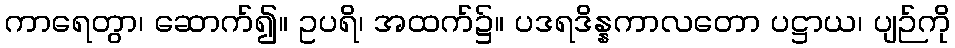
ကာရေတွာ၊ ဆောက်၍။ ဥပရိ၊ အထက်၌။ ပဒရဒိန္နကာလတော ပဋ္ဌာယ၊ ပျဉ်ကို